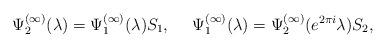
LaTeX: \begin{align*} \Psi_{2}^{(\infty)}(\lambda)=\Psi_{1}^{(\infty)}(\lambda)S_1,~~~~\Psi_{1}^{(\infty)}(\lambda)=\Psi_{2}^{(\infty)}(e^{2\pi i}\lambda)S_2, \end{align*}